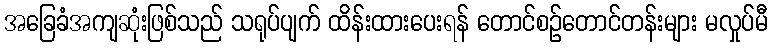
အခြေခံအကျဆုံးဖြစ်သည် သရုပ်ပျက် ထိန်းထားပေးရန် တောင်စဉ်တောင်တန်းများ မလှုပ်မီ